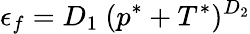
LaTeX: \epsilon_{f}=D_{1}~(p^{*}+T^{*})^{D_{2}}